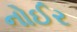
નોઈર